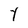
Character: Y